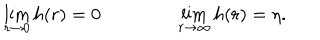
\lim _ { r \rightarrow 0 } h ( r ) = 0 \qquad \qquad \lim _ { r \rightarrow \infty } h ( r ) = \eta .